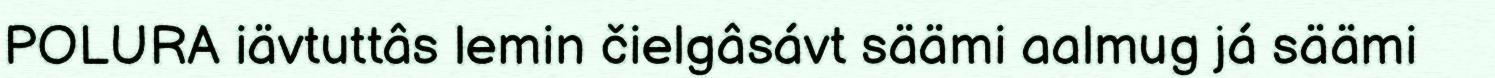
POLURA iävtuttâs lemin čielgâsávt säämi aalmug já säämi